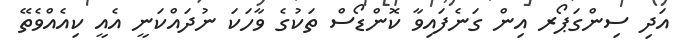
އަދި ސިންގަޕޯރ އިން ގަނެފައިވާ ކޮންޑޯސް ތަކުގެ ވާހަކަ ނުދައްކަނީ އެއީ ކިއެއްވެތޭ